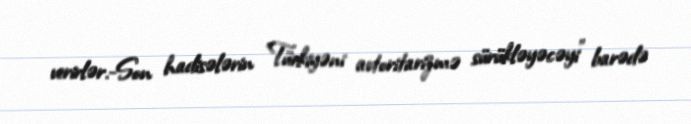
verirlər.-Son hadisələrin "Türkiyəni avtoritarizmə sürükləyəcəyi" barədə